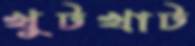
খুটখাট